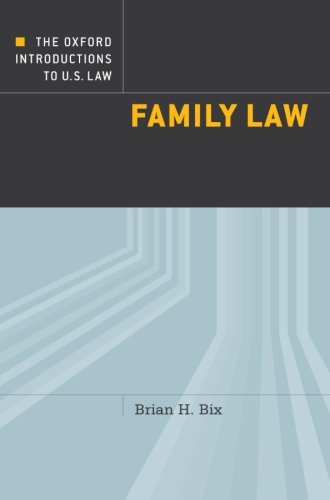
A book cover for The Oxford Introductions to U.S. Law: Family Law; Brian Bix; Law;